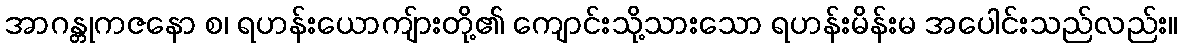
အာဂန္တုကဇနော စ၊ ရဟန်းယောကျ်ားတို့၏ ကျောင်းသို့သားသော ရဟန်းမိန်းမ အပေါင်းသည်လည်း။